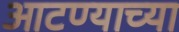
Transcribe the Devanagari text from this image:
आटण्याच्या